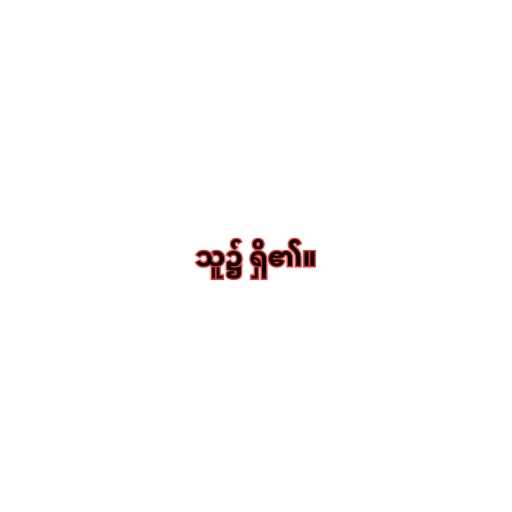
သူ၌ ရှိ၏။